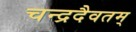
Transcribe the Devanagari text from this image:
चन्द्रदैवतम्